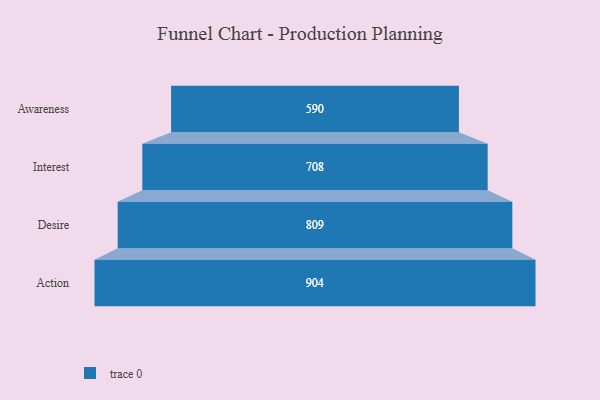
{"axis": {"x": "Stage", "y": "Value"}, "legend": [""], "data": [{"x": "Awareness", "y": 590.0, "type": ""}, {"x": "Interest", "y": 708.0, "type": ""}, {"x": "Desire", "y": 809.0, "type": ""}, {"x": "Action", "y": 904.0, "type": ""}]}